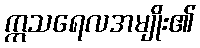
ဣသရေလအမျိုး၏